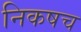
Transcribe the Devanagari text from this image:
निकषच